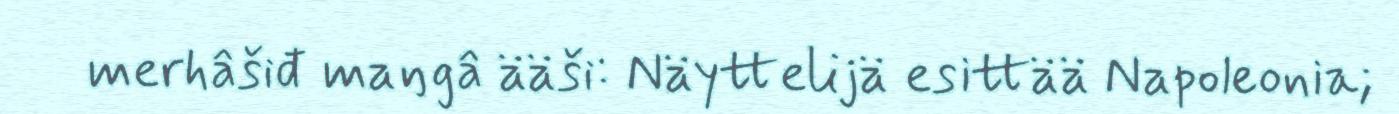
merhâšiđ maŋgâ ääši: Näyttelijä esittää Napoleonia;